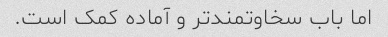
اما باب سخاوتمندتر و آماده کمک است.